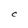
Character: C